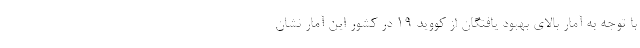
با توجه به آمار بالای بهبود یافتگان از کووید ۱۹ در کشور این آمار نشان